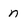
Character: n